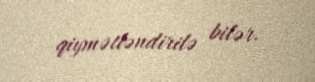
qiymətləndirilə bilər.